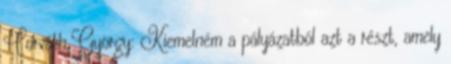
Horváth György: Kiemelném a pályázatból azt a részt, amely